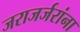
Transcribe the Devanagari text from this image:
जराजर्जरांना